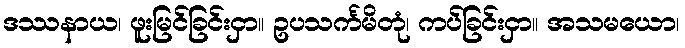
ဒဿနာယ၊ ဖူးမြင်ခြင်းငှာ။ ဥပသင်္ကမိတုံ၊ ကပ်ခြင်းငှာ။ အသမယော၊